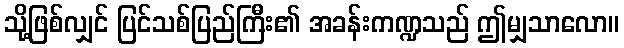
သို့ဖြစ်လျှင် ပြင်သစ်ပြည်ကြီး၏ အခန်းကဏ္ဍသည် ဤမျှသာလော။